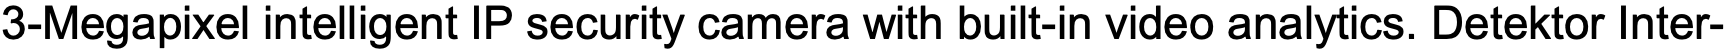
3-Megapixel intelligent IP security camera with built-in video analytics. Detektor Inter-